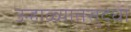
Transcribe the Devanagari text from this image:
उन्हाळ्यातसुद्धा